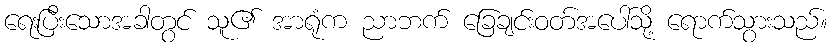
ရေးပြီးသောအခါတွင် သူ၏ အာရုံက ညာဘက် ခြေချင်းဝတ်အပေါ်သို့ ရောက်သွားသည်။